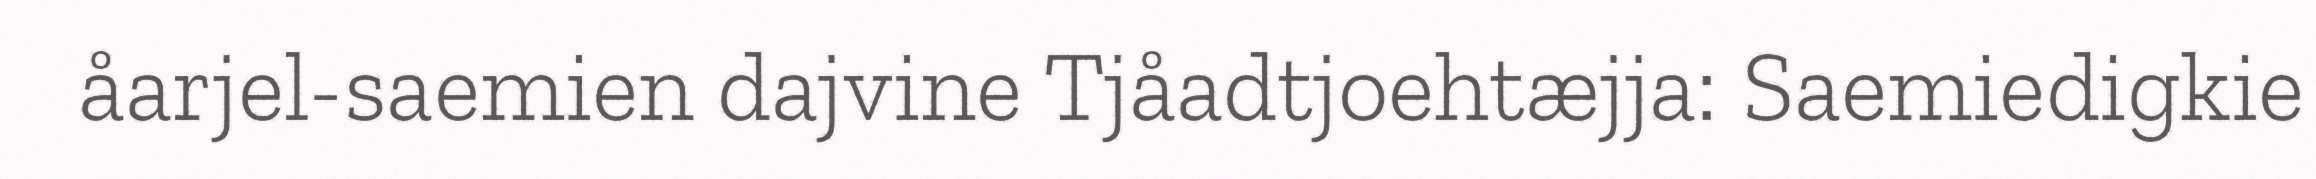
åarjel-saemien dajvine Tjåadtjoehtæjja: Saemiedigkie